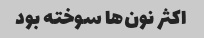
اکثر نون‌ها سوخته بود